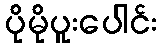
ပိုမိုပူးပေါင်း